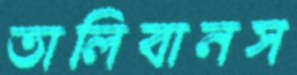
তালিবানস